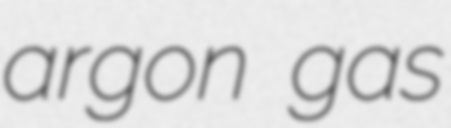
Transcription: argon gas